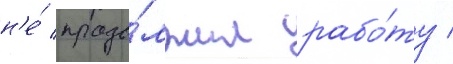
н'е́ продо́лжил рабо́ту /